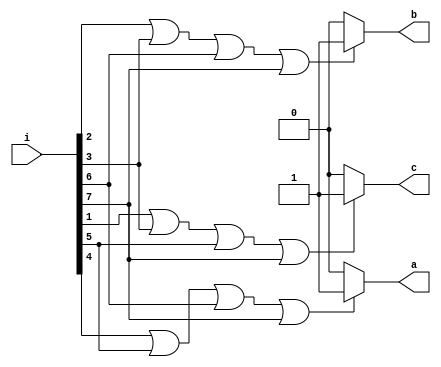
//8:3 Encoder using Behavioral  level modelling in verilog

module enco_8_to_3_beh(output reg a,output reg b,output reg c,input [7:0]i);
    always@(*)
	 begin
        if(i[4]==1||i[5]==1||i[6]==1||i[7]==1)
            a<=1;
	    else
            a<=0;
	    if(i[2]==1||i[3]==1||i[6]==1||i[7]==1)
	        b<=1;
	    else
	        b<=0;
	    if(i[1]==1||i[3]==1||i[5]==1||i[7]==1)
	         c<=1;
	     else
	         c<=0;
    end
endmodule